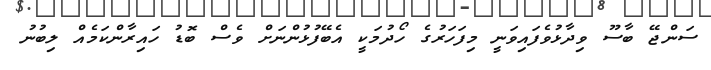
ސަންޖޭ ބާސޫ ވިދާޅުވެފައިވަނީ މިފަހަރުގެ ހޯދުމަކީ އެބޭފުޅުންނަށް ވެސް ބޮޑު ހައިރާންކަމެއް ލިބުނު